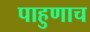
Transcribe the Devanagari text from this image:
पाहुणाच